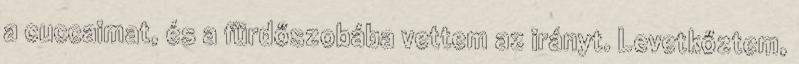
a cuccaimat, és a fürdőszobába vettem az irányt. Levetkőztem,